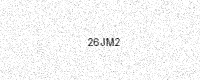
Text: 26JM2